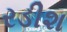
રડીશ